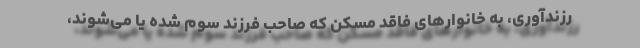
رزندآوری، به خانوارهای فاقد مسکن که صاحب فرزند سوم شده یا می‌شوند،